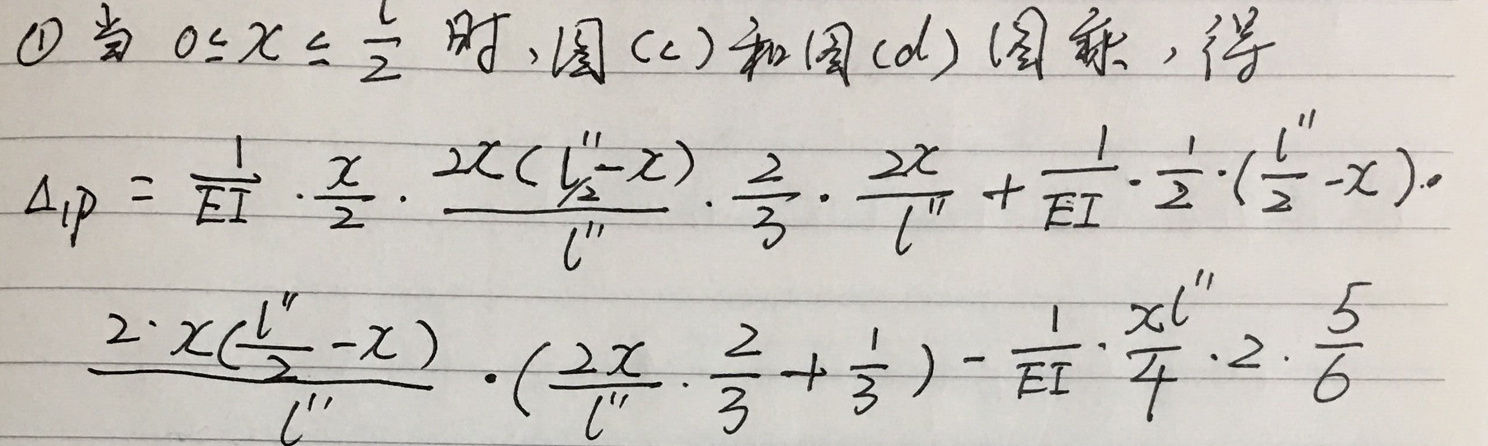
&\textcircled{1} 当\( 0\leq x\leq\frac{l}{2} \)时，图(c)和图(d)图乘，得\\
\(&\Delta_{1P}=\frac{1}{EI}\cdot\frac{x}{2}\cdot\frac{2x(l_{\frac{1}{2}}'' - x)}{l''}\cdot\frac{2}{3}\cdot\frac{2x}{l''}+\frac{1}{EI}\cdot\frac{1}{2}\cdot(\frac{l}{2}'' - x)\cdot\)\\
\(&\frac{2\cdot x(\frac{l''}{2}-x)}{l''}\cdot(\frac{2x}{l''}\cdot\frac{2}{3}+\frac{1}{3})-\frac{1}{EI}\cdot\frac{xl''}{4}\cdot2\cdot\frac{5}{6}\)